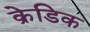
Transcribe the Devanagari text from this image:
क्रेडिक